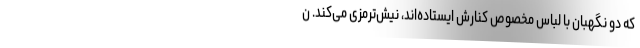
که دو نگهبان با لباس مخصوص کنارش ایستاده‌اند، نیش‌ترمزی می‌کند. ن